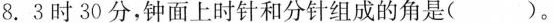
8.3时30分，钟面上时针和分针组成的角是()。